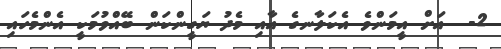
2-  އަށް އީމަންވެ އެކަލާނގެ އާއި މެދު ޔަގީންކަން ބޭއްވުމަކީ އެންމެހައި